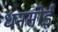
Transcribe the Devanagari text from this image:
धनसोई